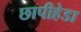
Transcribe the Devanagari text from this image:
छापीहेडा